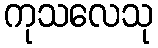
ကုသလေသု